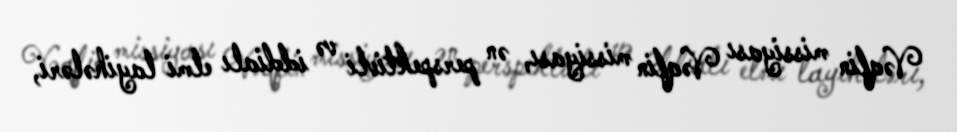
Vəqfin missiyası Vəqfin missiyası, ən perspektivli və iddialı elmi layihələri,